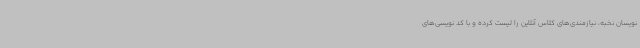
نویسان نخبه، نیازمندی‌های کلاس آنلاین را لیست کرده و با کد نویسی‌های